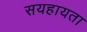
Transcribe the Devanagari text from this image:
सयहायता